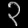
Digit: ၃